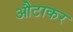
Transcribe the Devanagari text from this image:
औटाकर